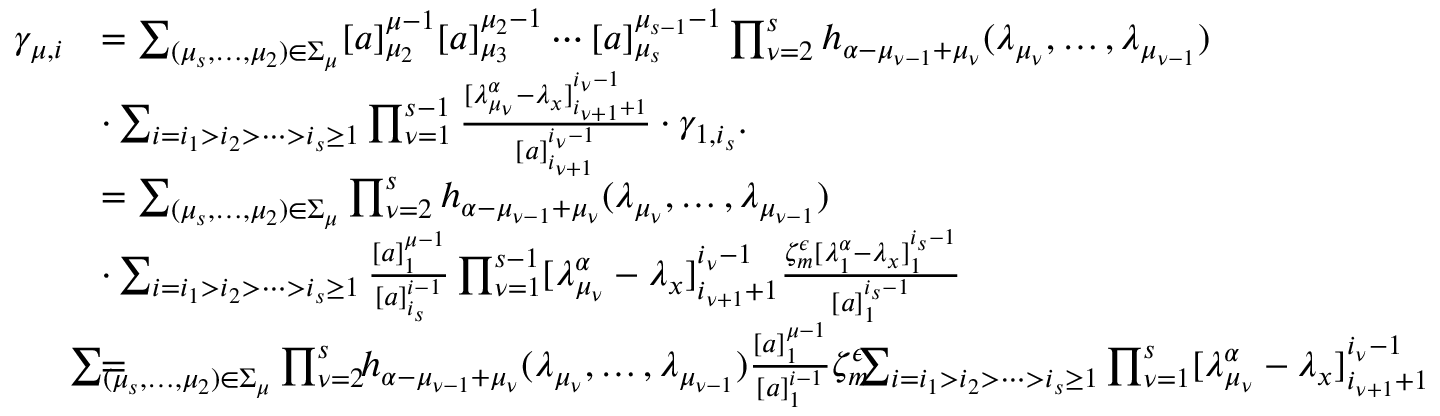
\begin{array} { r l } { \gamma _ { \mu , i } } & { = \sum _ { ( \mu _ { s } , \ldots , \mu _ { 2 } ) \in \Sigma _ { \mu } } [ a ] _ { \mu _ { 2 } } ^ { \mu - 1 } [ a ] _ { \mu _ { 3 } } ^ { \mu _ { 2 } - 1 } \cdots [ a ] _ { \mu _ { s } } ^ { \mu _ { s - 1 } - 1 } \prod _ { \nu = 2 } ^ { s } h _ { \alpha - \mu _ { \nu - 1 } + \mu _ { \nu } } ( \lambda _ { \mu _ { \nu } } , \ldots , \lambda _ { \mu _ { \nu - 1 } } ) } \\ & { \cdot \sum _ { i = i _ { 1 } > i _ { 2 } > \cdots > i _ { s } \geq 1 } \prod _ { \nu = 1 } ^ { s - 1 } \frac { [ \lambda _ { \mu _ { \nu } } ^ { \alpha } - \lambda _ { x } ] _ { i _ { \nu + 1 } + 1 } ^ { i _ { \nu } - 1 } } { [ a ] _ { i _ { \nu + 1 } } ^ { i _ { \nu } - 1 } } \cdot \gamma _ { 1 , i _ { s } } . } \\ & { = \sum _ { ( \mu _ { s } , \ldots , \mu _ { 2 } ) \in \Sigma _ { \mu } } \prod _ { \nu = 2 } ^ { s } h _ { \alpha - \mu _ { \nu - 1 } + \mu _ { \nu } } ( \lambda _ { \mu _ { \nu } } , \ldots , \lambda _ { \mu _ { \nu - 1 } } ) } \\ & { \cdot \sum _ { i = i _ { 1 } > i _ { 2 } > \cdots > i _ { s } \geq 1 } \frac { [ a ] _ { 1 } ^ { \mu - 1 } } { [ a ] _ { i _ { s } } ^ { i - 1 } } \prod _ { \nu = 1 } ^ { s - 1 } [ \lambda _ { \mu _ { \nu } } ^ { \alpha } - \lambda _ { x } ] _ { i _ { \nu + 1 } + 1 } ^ { i _ { \nu } - 1 } \frac { \zeta _ { m } ^ { \epsilon } [ \lambda _ { 1 } ^ { \alpha } - \lambda _ { x } ] _ { 1 } ^ { i _ { s } - 1 } } { [ a ] _ { 1 } ^ { i _ { s } - 1 } } } \\ & { = \! \! \! \! \! \! \! \! \! \! \! \sum _ { ( \mu _ { s } , \ldots , \mu _ { 2 } ) \in \Sigma _ { \mu } } \prod _ { \nu = 2 } ^ { s } \! \! h _ { \alpha - \mu _ { \nu - 1 } + \mu _ { \nu } } ( \lambda _ { \mu _ { \nu } } , \ldots , \lambda _ { \mu _ { \nu - 1 } } ) \frac { [ a ] _ { 1 } ^ { \mu - 1 } } { [ a ] _ { 1 } ^ { i - 1 } } \zeta _ { m } ^ { \epsilon } \! \! \! \sum _ { i = i _ { 1 } > i _ { 2 } > \cdots > i _ { s } \geq 1 } \prod _ { \nu = 1 } ^ { s } [ \lambda _ { \mu _ { \nu } } ^ { \alpha } - \lambda _ { x } ] _ { i _ { \nu + 1 } + 1 } ^ { i _ { \nu } - 1 } } \end{array}